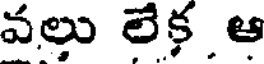
వల్లు లేక ఆ